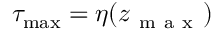
\tau _ { \operatorname* { m a x } } = \eta ( z _ { \mathrm { ~ m ~ a ~ x ~ } } )